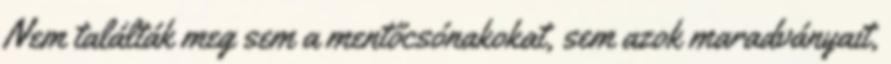
Nem találták meg sem a mentőcsónakokat, sem azok maradványait,